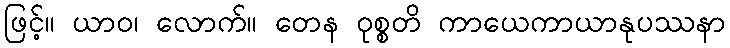
ဖြင့်။ ယာဝ၊ လောက်။ တေန ဝုစ္စတိ ကာယေကာယာနုပဿနာ